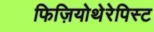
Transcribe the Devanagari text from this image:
फिज़ियोथेरेपिस्ट